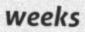
weeks